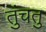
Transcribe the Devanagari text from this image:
तुंचतु